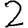
Digit: 2